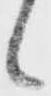
候